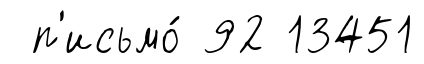
п'исьмо́ 92 13451